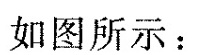
如图所示：